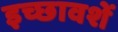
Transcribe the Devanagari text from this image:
इच्छावशें